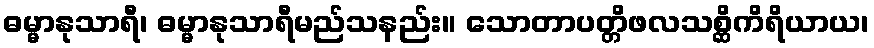
ဓမ္မာနုသာရီ၊ ဓမ္မာနုသာရီမည်သနည်း။ သောတာပတ္တိဖလသစ္ဆိကိရိယာယ၊